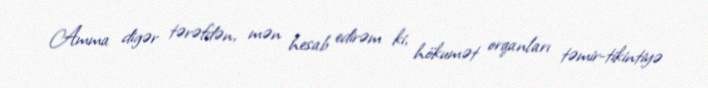
Amma digər tərəfdən, mən hesab edirəm ki, hökumət orqanları təmir-tikintiyə